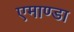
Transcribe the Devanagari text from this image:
एमाण्डा